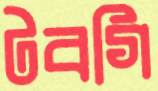
টবগি